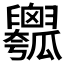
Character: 𤬢